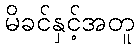
မိခင်နှင့်အတူ